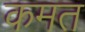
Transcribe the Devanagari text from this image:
कमत